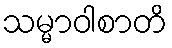
သမ္မာဝါစာတိ